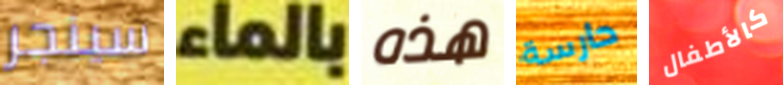
سينجر بالماء هذه حارسة كالأطفال